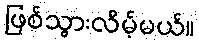
ဖြစ်သွားလိမ့်မယ်။